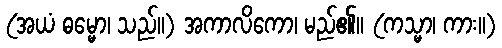
(အယံ ဓမ္မော၊ သည်။) အကာလိကော၊ မည်၏။ (ကသ္မာ၊ ကား။)